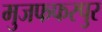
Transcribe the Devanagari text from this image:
मुजफफरपुर